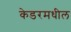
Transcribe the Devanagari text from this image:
केडरमधील